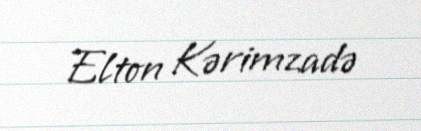
Elton Kərimzadə